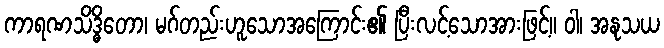
ကာရဏသိဒ္ဓိတော၊ မဂ်တည်းဟူသောအကြောင်း၏ ပြီးလင့်သောအားဖြင့်။ ဝါ၊ အနုသယ